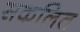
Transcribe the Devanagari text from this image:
सकलित